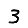
Digit: 3